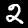
Label: 2